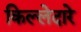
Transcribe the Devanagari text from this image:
किल्लेदारे